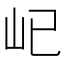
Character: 𡴾